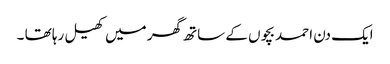
ایک دن احمد بچوں کے ساتھ گھر میں کھیل رہا تھا ۔